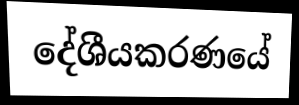
දේශීයකරණයේ